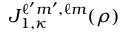
J _ { 1 , \kappa } ^ { \ell ^ { \prime } m ^ { \prime } , \ell m } ( \rho )